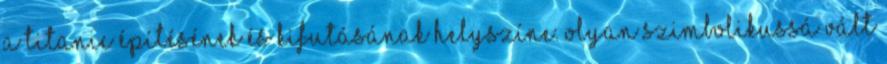
a Titanic építésének és kifutásának helyszíne. Olyan szimbolikussá vált